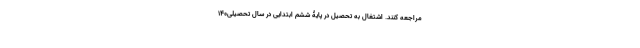
مراجعه کنند. اشتغال به تحصیل در پایۀ ششم ابتدایی در سال تحصیلی140